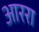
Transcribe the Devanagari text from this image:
आररा